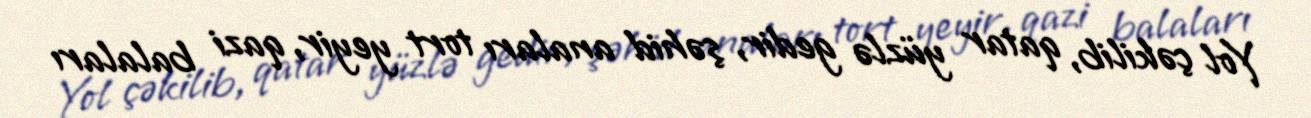
Yol çəkilib, qatar yüzlə gedir, şəhid anaları tort yeyir, qazi balaları